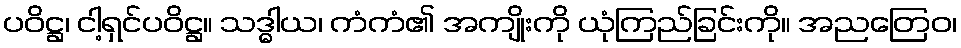
ပဝိဋ္ဌ၊ ငါ့ရှင်ပဝိဋ္ဌ။ သဒ္ဓါယ၊ ကံကံ၏ အကျိုးကို ယုံကြည်ခြင်းကို။ အညတြေဝ၊